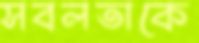
সবলতাকে